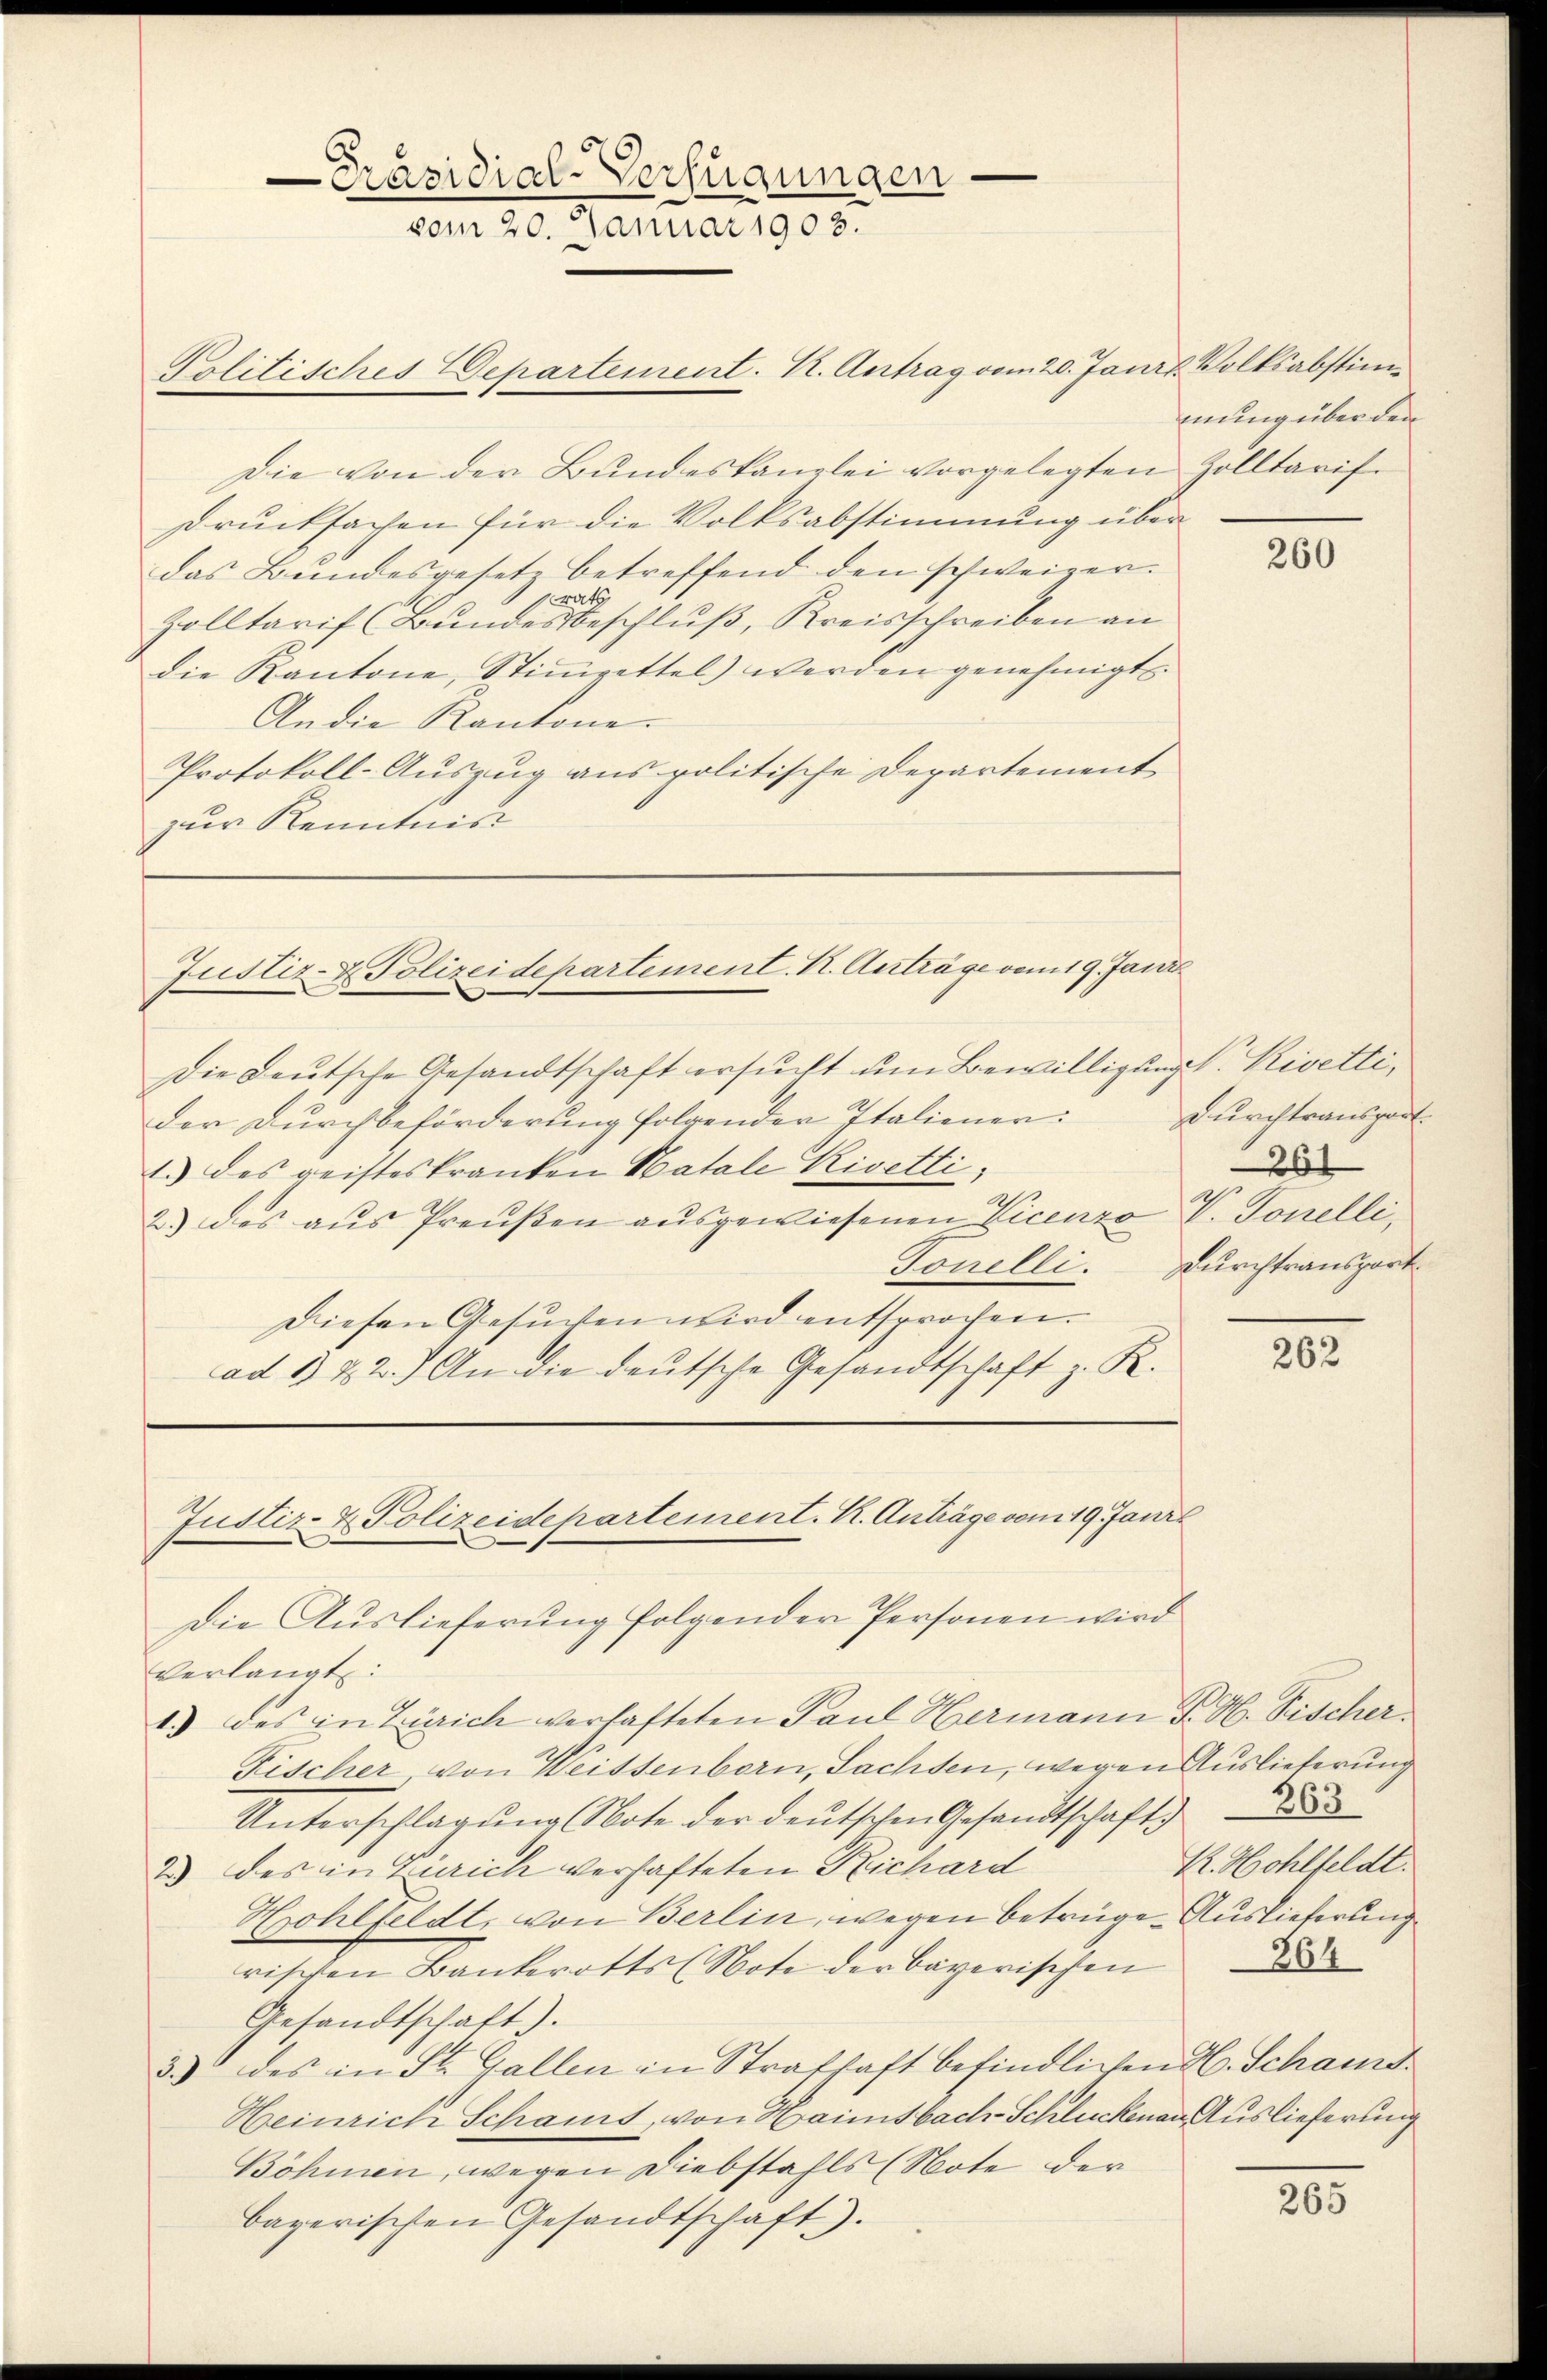
Die von der Bundeskanzlei vorgelegten Zolltarif¬
Drucksachen für die Volksabstimmung über
das Bundesgesetz betreffend den schweizer.
rat
Zolltarif (Bundesbeschluß, Kreisschreiben an
die Kantone, Stimmzettel) werden genehmigt.
An die Kantone.
Protokoll-Auszug aus politische Departement
zur Kenntnis

Präsidial-Verfügungen.
vom 20. Januar 1903.

Politisches Departement. K. Antrag vom 20. Janr Volksabstim

Justiz- & Polizeidepartement. K. Anträge vom 19. Janz

Die Deutsche Gesandtschaft ersucht um Bewilligung s. Rivetti,
der Durchbeförderung folgender Italiener:
1.) des geisteskranken Hatale Rivetti,
2) des aus Preußen ausgewiesenen Vicenzo V. Tonelli,
Diesen Gesŭchen wird entsprochen.
ad 1. 22.) An die deutsche Gesandtschaft z. R.
1.) des in Zürich verhafteten Paul Hermann P. M. Fischer
Fischer von Weissenborn, Sachsen, wegen Auslieferung
Unterschlagŭng Note der deutschen Gesandtschaft
2) des in Zürich verhafteten Richard
Hohlfeldt, von Berlin, wegen betrüge. Auslieferung
rischen Bankerotts (Note der bayerischen
Gesandtschaft).
3.) des in St. Gallen in Strafhaft befindlichen H. Schand¬
Heinrich Schamt, von Haimsbach-Schluckenau Auslieferung
Böhmen, wegen Diebstahls (Note der
bayerischen Gesandtschaft).

Justiz- & Polizeidepartement. K. Anträge vom 19. Janr
Die Auslieferung folgender Personen wird
Verlangt:

mung über den

Durchtransport.
261
Tonelli. Durchtransport

260

262

R. Wohlfeldt.
864

265